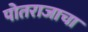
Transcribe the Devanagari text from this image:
पोतराजाचा